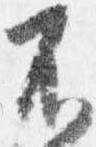
不